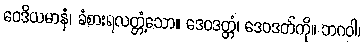
ဝေဒိယမာနံ၊ ခံစားရလတ္တံ့သော။ ဒေဝဒတ္တံ၊ ဒေဝဒတ်ကို။ ဘဂဝါ၊